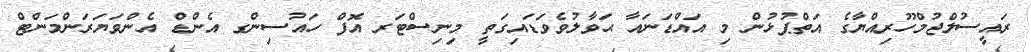
ރައީސުލްޖުމްހޫރިއްޔާގެ އަތްޕުޅުން މި އައްޑަނައާ ޙަވާލުވެވަޑައިގަތީ މިނިސްޓަރ އޮފް ހައުސިންގ އެންޑް އެންވަޔަރަންމަންޓް